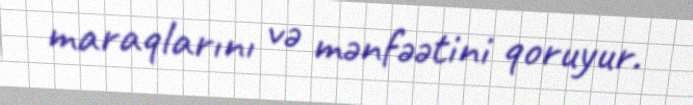
maraqlarını və mənfəətini qoruyur.